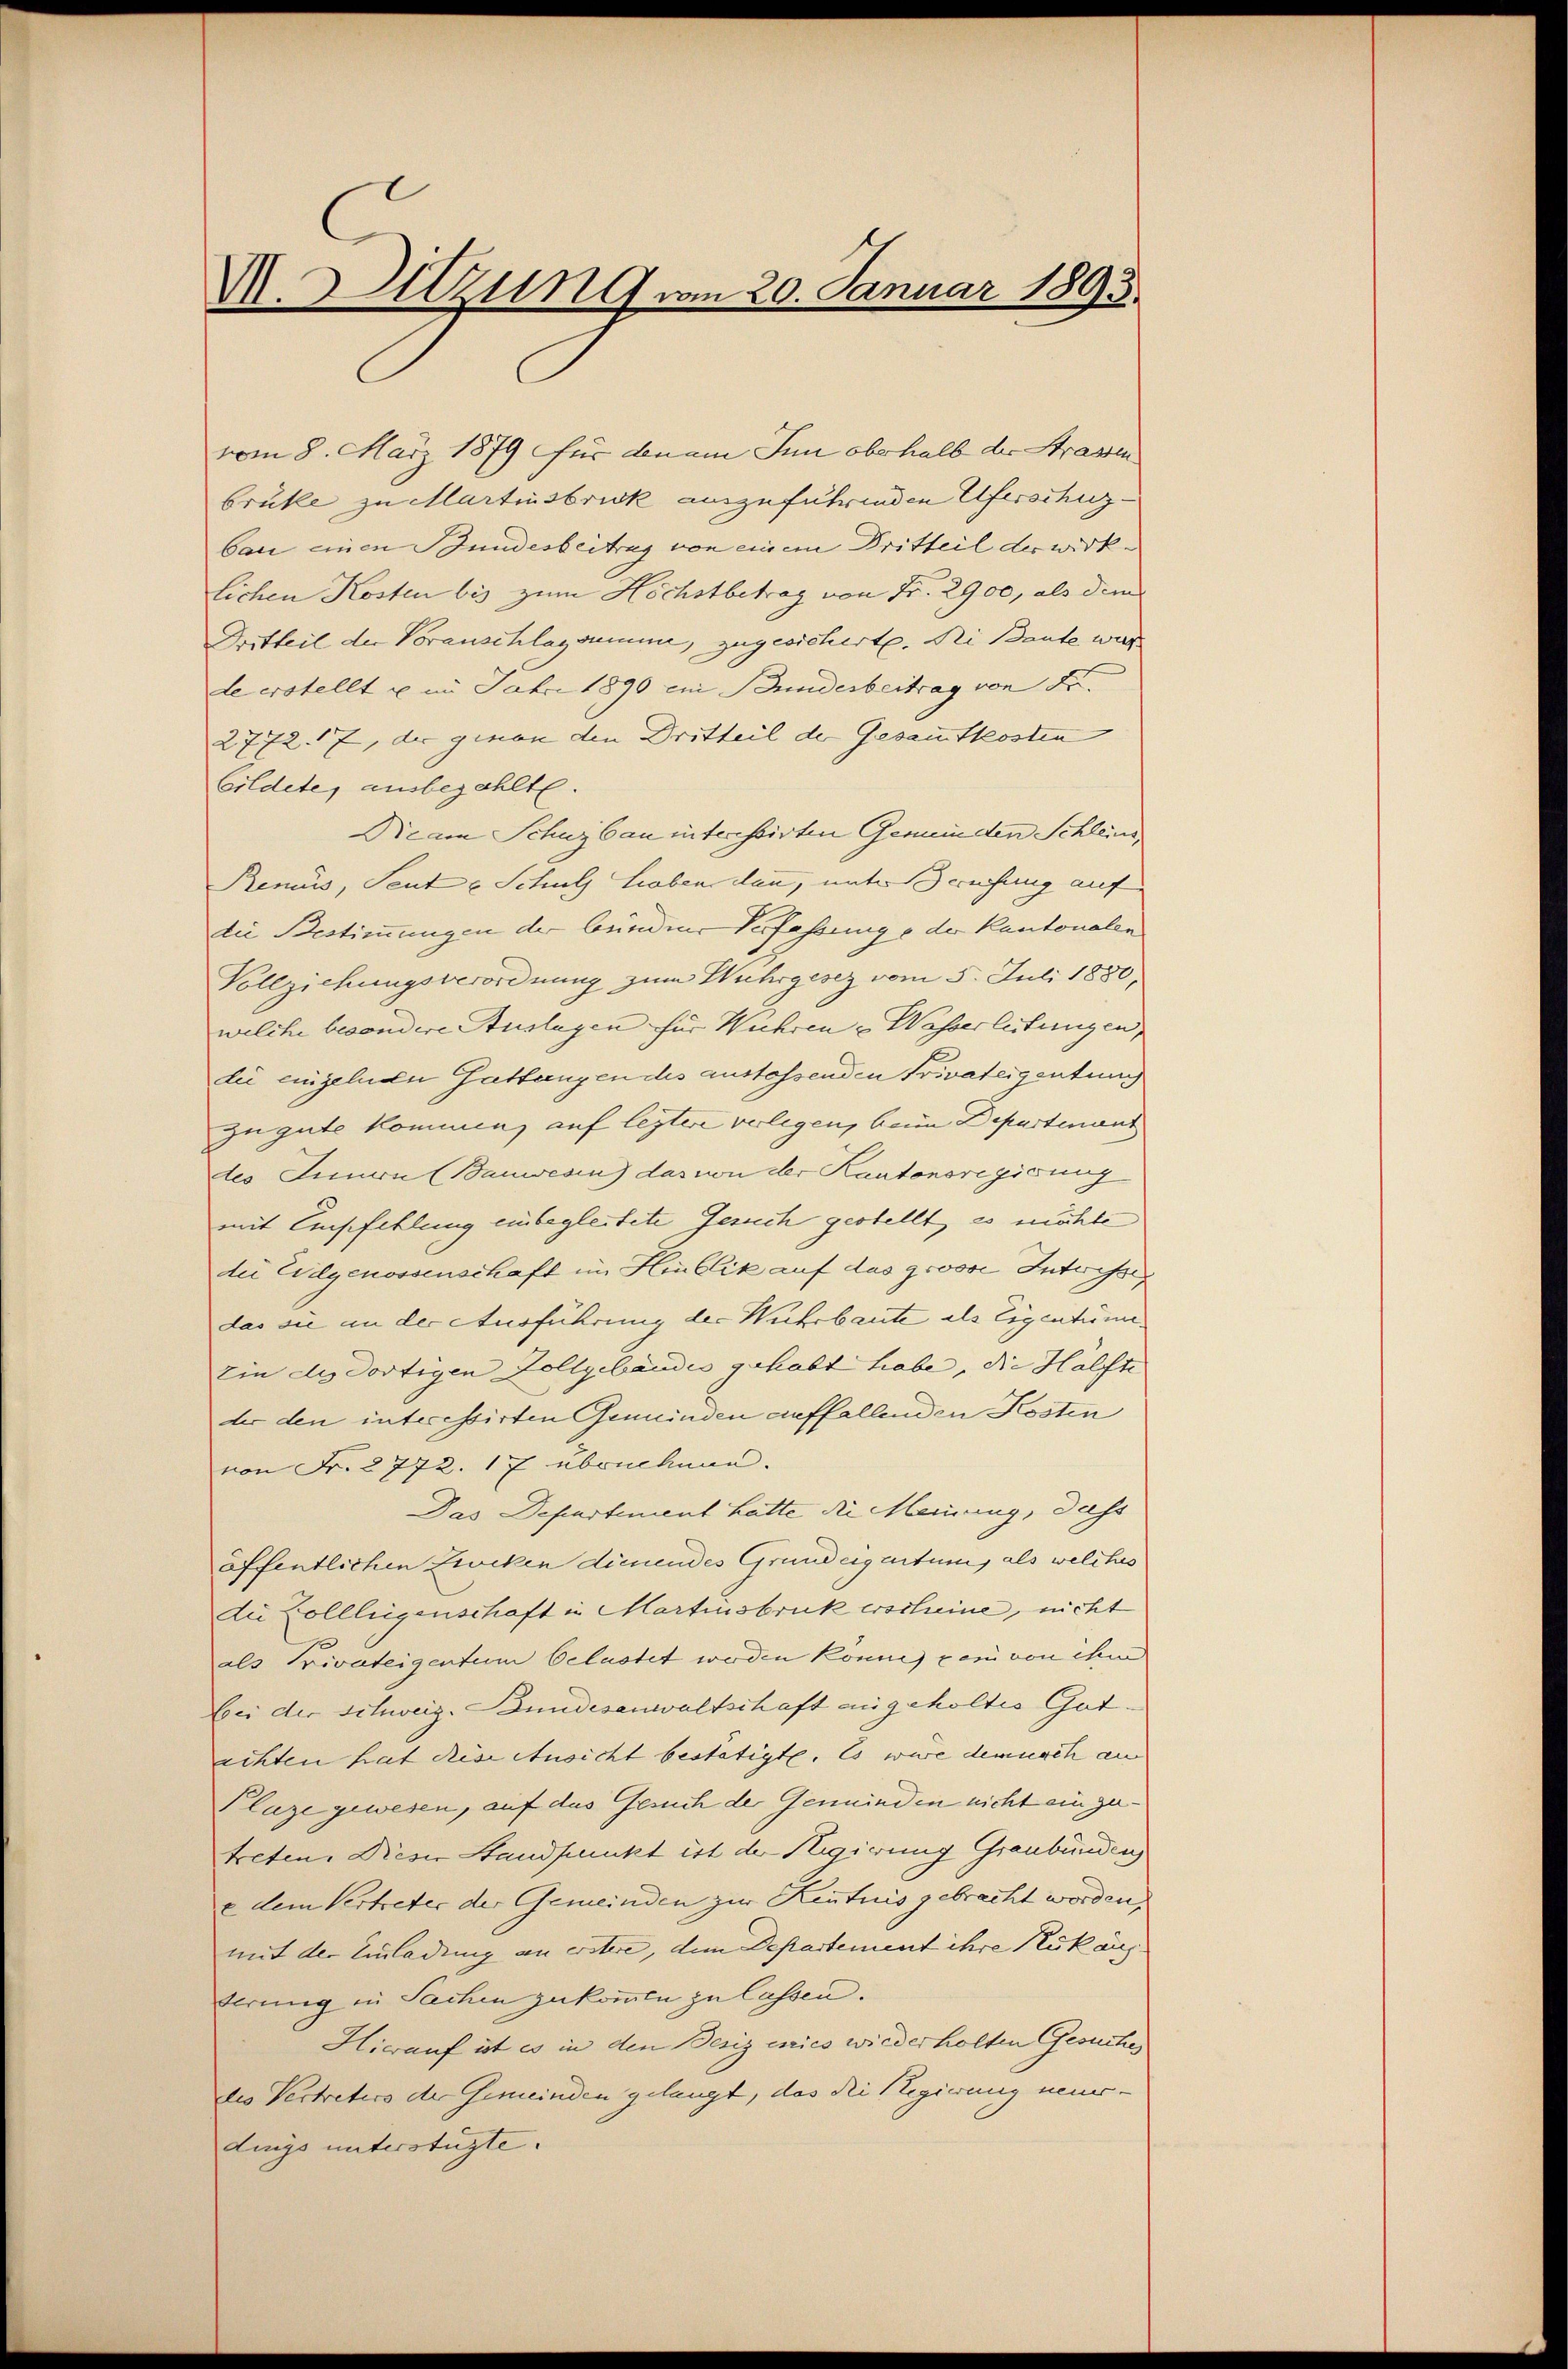
V. Sitzung vom 20. Januar 1893.

vom 8. März 1879 für den am Inn oberhalb der Strassen
brüke zu Martinsbrick anzuführenden Uferschinz
bau einen Bundesbeitrag von einem Dritteil der wirklichen Kosten bis zum Höchstbetrag von Fr. 2900, als dem
Dritteil der Voranschlagsumme, zugesicherte. Die Baute war.
de erstellt u im Jahre 1890 ein Bundesbeitrag von Sr.
2772. 17, der genan den Dritteil der Gesammtkosten
Gildete, ausbezahlte.
Dicam Schuzbau interstirten Gemünden Schleins
Renus, Sente Schulz haben dann, unters rechung auf
die Bestimmungen der bunden Verfassung oder Kantonalen
Vollziehungsverordnung zum Wuhrgesez vom 5. Juli 1880,
welche besondere Auslagen für Wuhren - Wasserleitungen,
die eingelnde Gattangen des austessenden Privateigentung
zu gute kommen, auf legtere verlegen, beim Departenant
des Innern (Bauwesen) das von der Kantonsregisung
mit Empfehlung einbegleitete Gesuch gestellt, es möchte
de Eidgenossenschaft im Hinblik auf das grosse Intrisse
das sie an der Ausführung der Wuhrbaute als Eigentüme
zin des dortigen Zollgebäudes gehabt habe, die Hälfte
dr den interessirten Gemeinden auffallenden Kosten
von Fr. 2772. 17 überechnen.
Das Departement hatte die Meinung, dass
öffentlichen Zucken dienendes Grundeigentum, als welches
die Collligenschaft in Martinsbruck erscheine, nicht
als Privateigentum belastet worden könne, pen von ihm
bei der Schweiz. Bundesanwaltschaft angeholtes Gutechten hat diese Ansicht bestätigte. Es wäre demnach an
Plaze gewesen, auf das Gesuch der Gemeinden nicht einzu-
treten. Dieser Standpunkt ist der Regierung Graubünden
e dem Vertreter der Gemeinden zur Kenntnis gebracht worden,
mit der Einladung an erstere, dem Departement ihre Rukauf
terung in Sachen zukommen zu lassen.
Hierauf ist es in den Besiz enics wiederholten Gesuches
des Vertreters der Gemeinden gelangt, das die Regierung neuerdings unterstüzte.